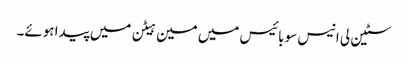
سٹین لی انیس سو بائیس میں مین ہیٹن میں پیدا ہوئے۔